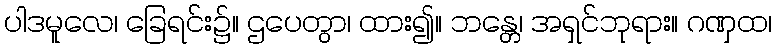
ပါဒမူလေ၊ ခြေရင်း၌။ ဌပေတွာ၊ ထား၍။ ဘန္တေ၊ အရှင်ဘုရား။ ဂဏှထ၊